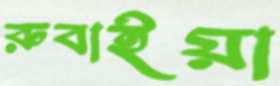
রুবাইয়া